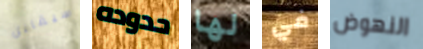
سيقابل حدوده لها في النهوض